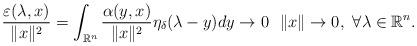
LaTeX: \begin{align*}\frac{\varepsilon(\lambda, x)}{\Vert x \Vert^2} = \int_{\mathbb{R}^n} \frac{\alpha(y, x)}{\Vert x \Vert^2} \eta_{\delta} (\lambda - y) dy \rightarrow 0 \,\, \,\, \Vert x \Vert \rightarrow 0, \,\, \forall \lambda \in \mathbb{R}^n.\end{align*}